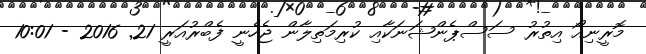
މޮރީނިއޯ އިތުރު ސަސްޕެންޝަނަކާއި ކުރިމަތިލާން ޖެހެނީ ފެބްރުއަރީ 21